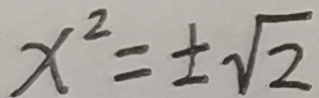
x ^ { 2 } = \pm \sqrt { 2 }